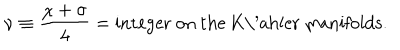
LaTeX: \nu \equiv \frac { \chi + \sigma } { 4 } = \mathrm { i n t e g e r ~ o n ~ t h e ~ K \ ' a h l e r ~ m a n i f o l d s . }